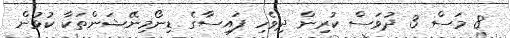
8 މަސް 3 ދުވަސް ކުރިން ދިވެހި ފައިސާގެ ޑިނޯމިނޭޝަންތަކާ ކުޅުން